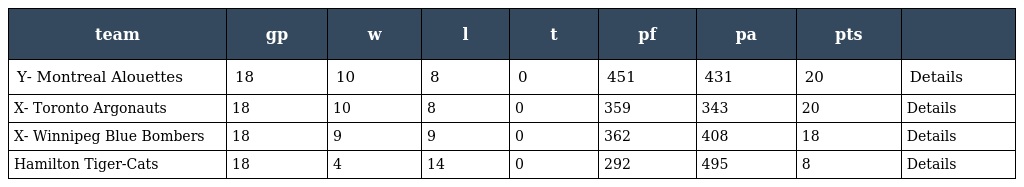
| team | gp | w | l | t | pf | pa | pts |  |
 | --- | --- | --- | --- | --- | --- | --- | --- | --- |
 | Y- Montreal Alouettes | 18 | 10 | 8 | 0 | 451 | 431 | 20 | Details |
 | X- Toronto Argonauts | 18 | 10 | 8 | 0 | 359 | 343 | 20 | Details |
 | X- Winnipeg Blue Bombers | 18 | 9 | 9 | 0 | 362 | 408 | 18 | Details |
 | Hamilton Tiger-Cats | 18 | 4 | 14 | 0 | 292 | 495 | 8 | Details |